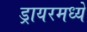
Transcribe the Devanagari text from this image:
ड्रायरमध्ये